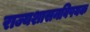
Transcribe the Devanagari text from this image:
राज्यशासनविषयक